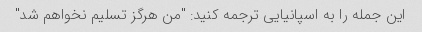
این جمله را به اسپانیایی ترجمه کنید: "من هرگز تسلیم نخواهم شد"